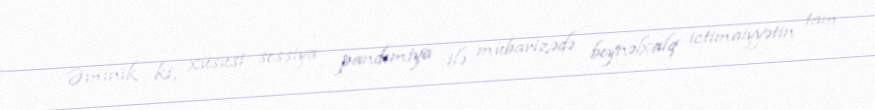
Əminik ki, xüsusi sessiya pandemiya ilə mübarizədə beynəlxalq ictimaiyyətin tam